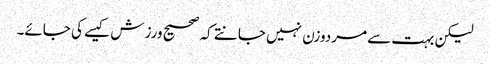
لیکن بہت سے مردوزن نہیں جانتے کہ صحیح ورزش کیسے کی جائے۔